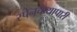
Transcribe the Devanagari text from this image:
स्पेनचेव्यापारी